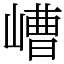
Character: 嶆